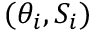
( \theta _ { i } , S _ { i } )